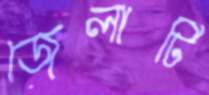
জেলাটি